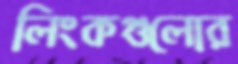
লিংকগুলোর